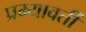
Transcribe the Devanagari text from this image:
प्रम्यावर्ती